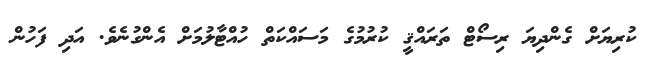
ކުރިޔަށް ގެންދިޔަ ރިސޯޓް ތަރައްޤީ ކުރުމުގެ މަސައްކަތް ހުއްޓާލުމަށް އެންގުނެވެ. އަދި ފަހުން